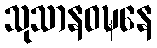
သုသာနဝဍ္ဎနေ